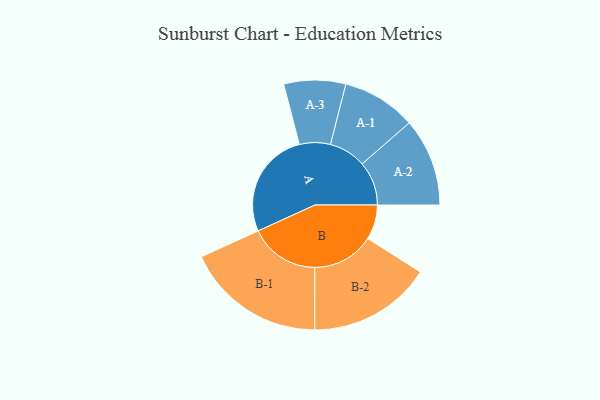
{"axis": {"x": "Segment", "y": "Value"}, "legend": ["", "A", "B"], "data": [{"x": "A", "y": 416, "type": ""}, {"x": "B", "y": 135, "type": ""}, {"x": "A-1", "y": 144, "type": "A"}, {"x": "A-2", "y": 171, "type": "A"}, {"x": "A-3", "y": 120, "type": "A"}, {"x": "B-1", "y": 272, "type": "B"}, {"x": "B-2", "y": 240, "type": "B"}]}